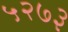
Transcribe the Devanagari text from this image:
५२७३